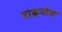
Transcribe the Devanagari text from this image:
राइनोज